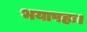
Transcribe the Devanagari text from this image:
भयापहः।